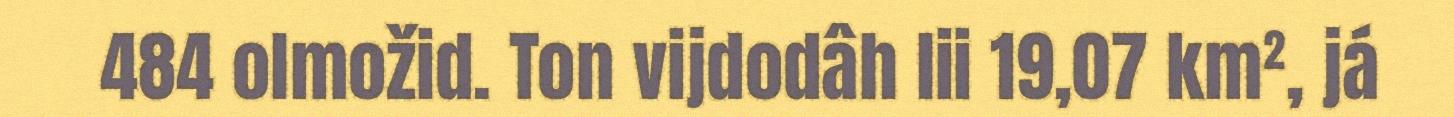
484 olmožid. Ton vijdodâh lii 19,07 km², já